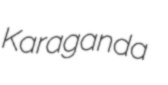
Karaganda